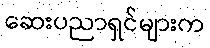
ဆေးပညာရှင်များက